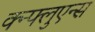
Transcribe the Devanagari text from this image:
क्न्फ्लुएन्स